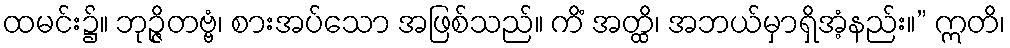
ထမင်း၌။ ဘုဉ္ဇိတဗ္ဗံ၊ စားအပ်သော အဖြစ်သည်။ ကိံ အတ္ထိ၊ အဘယ်မှာရှိအံ့နည်း။” ဣတိ၊